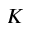
K